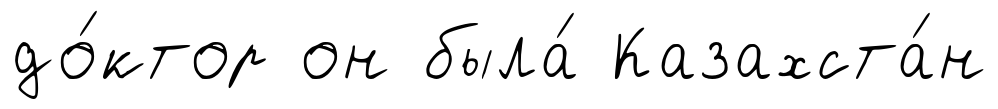
до́ктор он была́ Казахста́н